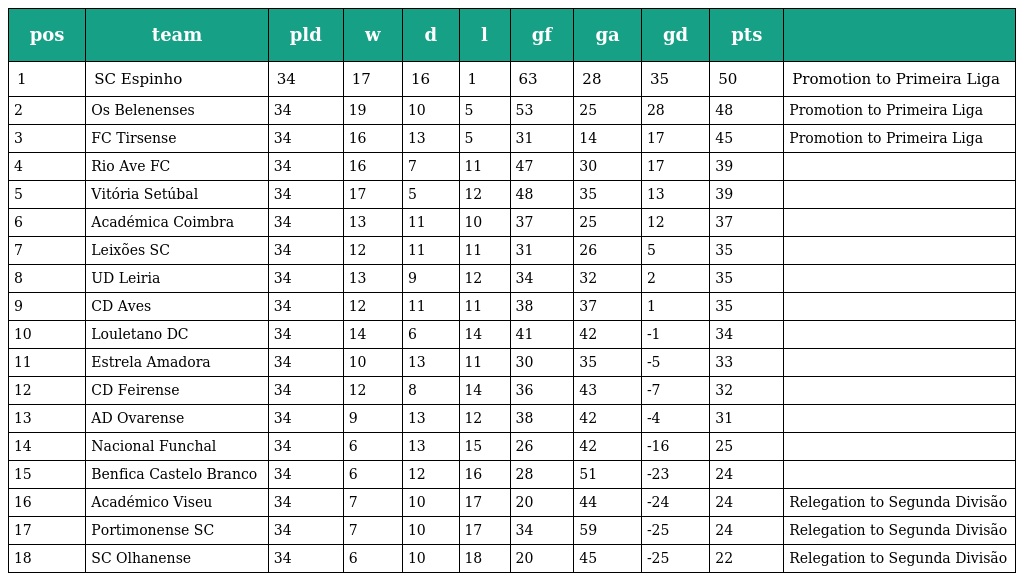
| pos | team | pld | w | d | l | gf | ga | gd | pts |  |
 | --- | --- | --- | --- | --- | --- | --- | --- | --- | --- | --- |
 | 1 | SC Espinho | 34 | 17 | 16 | 1 | 63 | 28 | 35 | 50 | Promotion to Primeira Liga |
 | 2 | Os Belenenses | 34 | 19 | 10 | 5 | 53 | 25 | 28 | 48 | Promotion to Primeira Liga |
 | 3 | FC Tirsense | 34 | 16 | 13 | 5 | 31 | 14 | 17 | 45 | Promotion to Primeira Liga |
 | 4 | Rio Ave FC | 34 | 16 | 7 | 11 | 47 | 30 | 17 | 39 |  |
 | 5 | Vitória Setúbal | 34 | 17 | 5 | 12 | 48 | 35 | 13 | 39 |  |
 | 6 | Académica Coimbra | 34 | 13 | 11 | 10 | 37 | 25 | 12 | 37 |  |
 | 7 | Leixões SC | 34 | 12 | 11 | 11 | 31 | 26 | 5 | 35 |  |
 | 8 | UD Leiria | 34 | 13 | 9 | 12 | 34 | 32 | 2 | 35 |  |
 | 9 | CD Aves | 34 | 12 | 11 | 11 | 38 | 37 | 1 | 35 |  |
 | 10 | Louletano DC | 34 | 14 | 6 | 14 | 41 | 42 | -1 | 34 |  |
 | 11 | Estrela Amadora | 34 | 10 | 13 | 11 | 30 | 35 | -5 | 33 |  |
 | 12 | CD Feirense | 34 | 12 | 8 | 14 | 36 | 43 | -7 | 32 |  |
 | 13 | AD Ovarense | 34 | 9 | 13 | 12 | 38 | 42 | -4 | 31 |  |
 | 14 | Nacional Funchal | 34 | 6 | 13 | 15 | 26 | 42 | -16 | 25 |  |
 | 15 | Benfica Castelo Branco | 34 | 6 | 12 | 16 | 28 | 51 | -23 | 24 |  |
 | 16 | Académico Viseu | 34 | 7 | 10 | 17 | 20 | 44 | -24 | 24 | Relegation to Segunda Divisão |
 | 17 | Portimonense SC | 34 | 7 | 10 | 17 | 34 | 59 | -25 | 24 | Relegation to Segunda Divisão |
 | 18 | SC Olhanense | 34 | 6 | 10 | 18 | 20 | 45 | -25 | 22 | Relegation to Segunda Divisão |